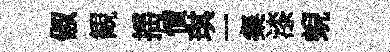
俶観揺憤琪一粲漆蜺